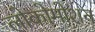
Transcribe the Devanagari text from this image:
लोकोमोशन